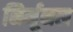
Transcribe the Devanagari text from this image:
निर्मूनल